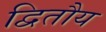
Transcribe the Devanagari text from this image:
द्वितौय